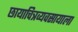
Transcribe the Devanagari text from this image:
छायाचित्रव्यवसायाला